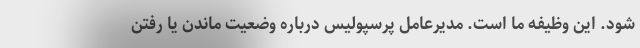
شود. این وظیفه ما است. مدیرعامل پرسپولیس درباره وضعیت ماندن یا رفتن